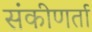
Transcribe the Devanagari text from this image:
संकीणर्ता